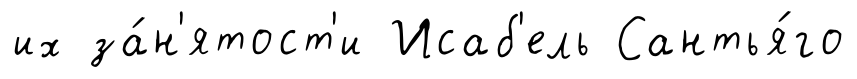
их за́н'ятост'и Исаб'ель Сантья́го